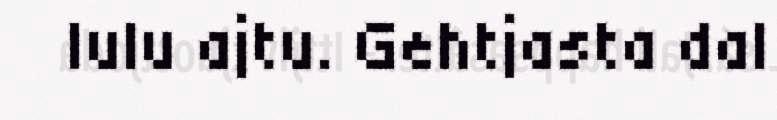
lulu ajtu. Gehtjasta dal